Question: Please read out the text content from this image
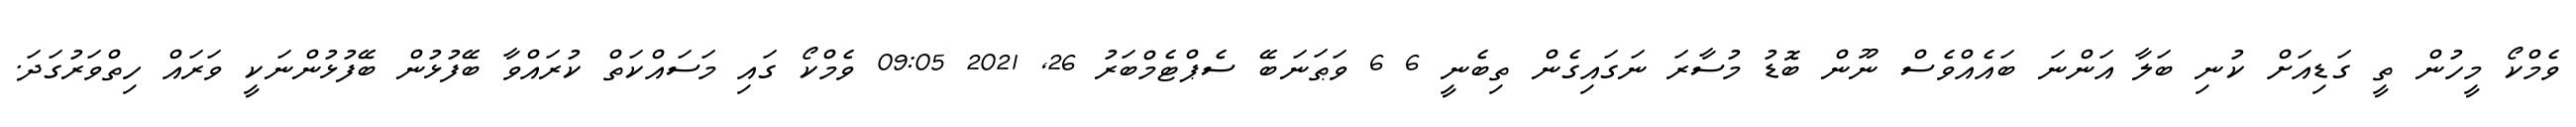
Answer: ވެމްކޯ މީހުން ތީ ގަޑިއަށް ކުނި ބަލާ އަންނަ ބައެއްވެސް ނޫން ބޮޑު މުސާރަ ނަގައިގެން ތިބެނީ 6 6 ވަޠަނަބޭ ސެޕްޓެމްބަރު 26, 2021 09:05 ވެމްކޯ ގައި މަސައްކަތް ކުރައްވާ ބޭފުޅުން ބޭފުޅުންނަކީ ވަރައް ހިތްވަރުގަދަ.